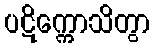
ပဋိက္ကောသိတွာ